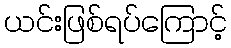
ယင်းဖြစ်ရပ်ကြောင့်